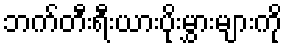
ဘက်တီးရီးယားပိုးမွှားများကို